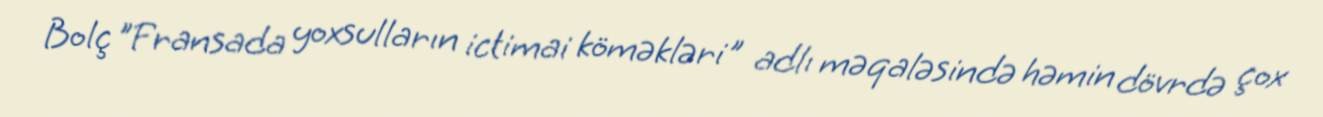
Bolç "Fransada yoxsulların ictimai köməkləri" adlı məqaləsində həmin dövrdə çox